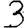
Digit: 3